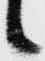
候